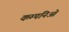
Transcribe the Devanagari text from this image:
कम्पनिओं